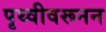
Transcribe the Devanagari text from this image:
पृथ्वीवरूनन